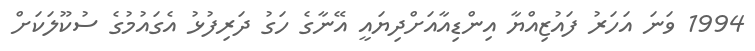
1994 ވަނަ އަހަރު ފައުޒިއްޔާ އިންޑިއާއަށްދިޔައީ އޭނާގެ ހަގު ދަރިފުޅު އެގައުމުގެ ސުކޫލަކަށް